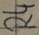
Text: R4